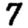
Digit: 7